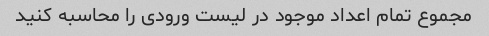
مجموع تمام اعداد موجود در لیست ورودی را محاسبه کنید